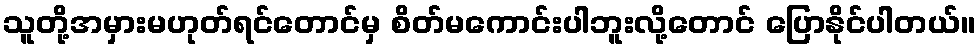
သူတို့အမှားမဟုတ်ရင်တောင်မှ စိတ်မကောင်းပါဘူးလို့တောင် ပြောနိုင်ပါတယ်။